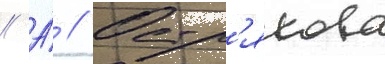
// А́ // Остр'якова